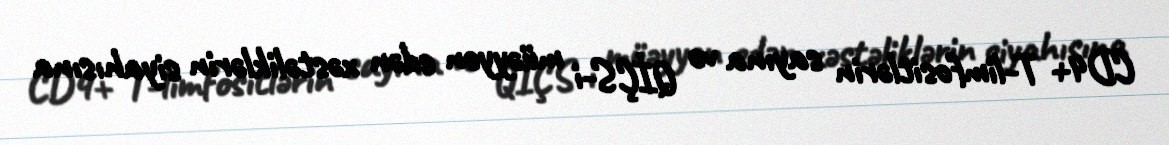
CD4+ T-limfositlərin sayına və QİÇS-i müəyyən edən xəstəliklərin siyahısına